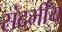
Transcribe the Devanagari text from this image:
संदर्भीय